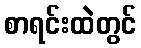
စာရင်းထဲတွင်